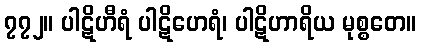
၇၇၂။ ပါဋိဟီရံ ပါဋိဟေရံ၊ ပါဋိဟာရိယ မုစ္စတေ။